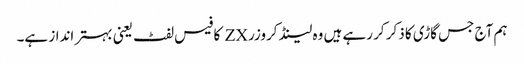
ہم آج جس گاڑی کا ذکر کر رہے ہیں وہ لینڈ کروزر ZX کا فیس لفٹ یعنی بہتر انداز ہے۔